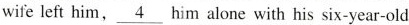
wife left him, \underline{4} him alone with his six-year-old